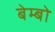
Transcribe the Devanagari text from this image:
बेम्बो